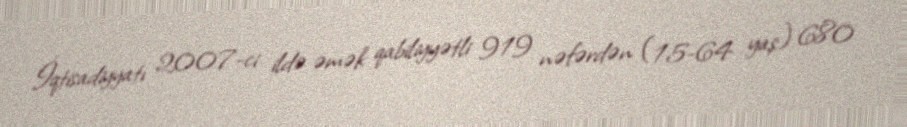
İqtisadiyyatı 2007-ci ildə əmək qabiliyyətli 919 nəfərdən (15-64 yaş) 680